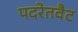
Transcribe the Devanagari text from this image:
पदरेतवैट